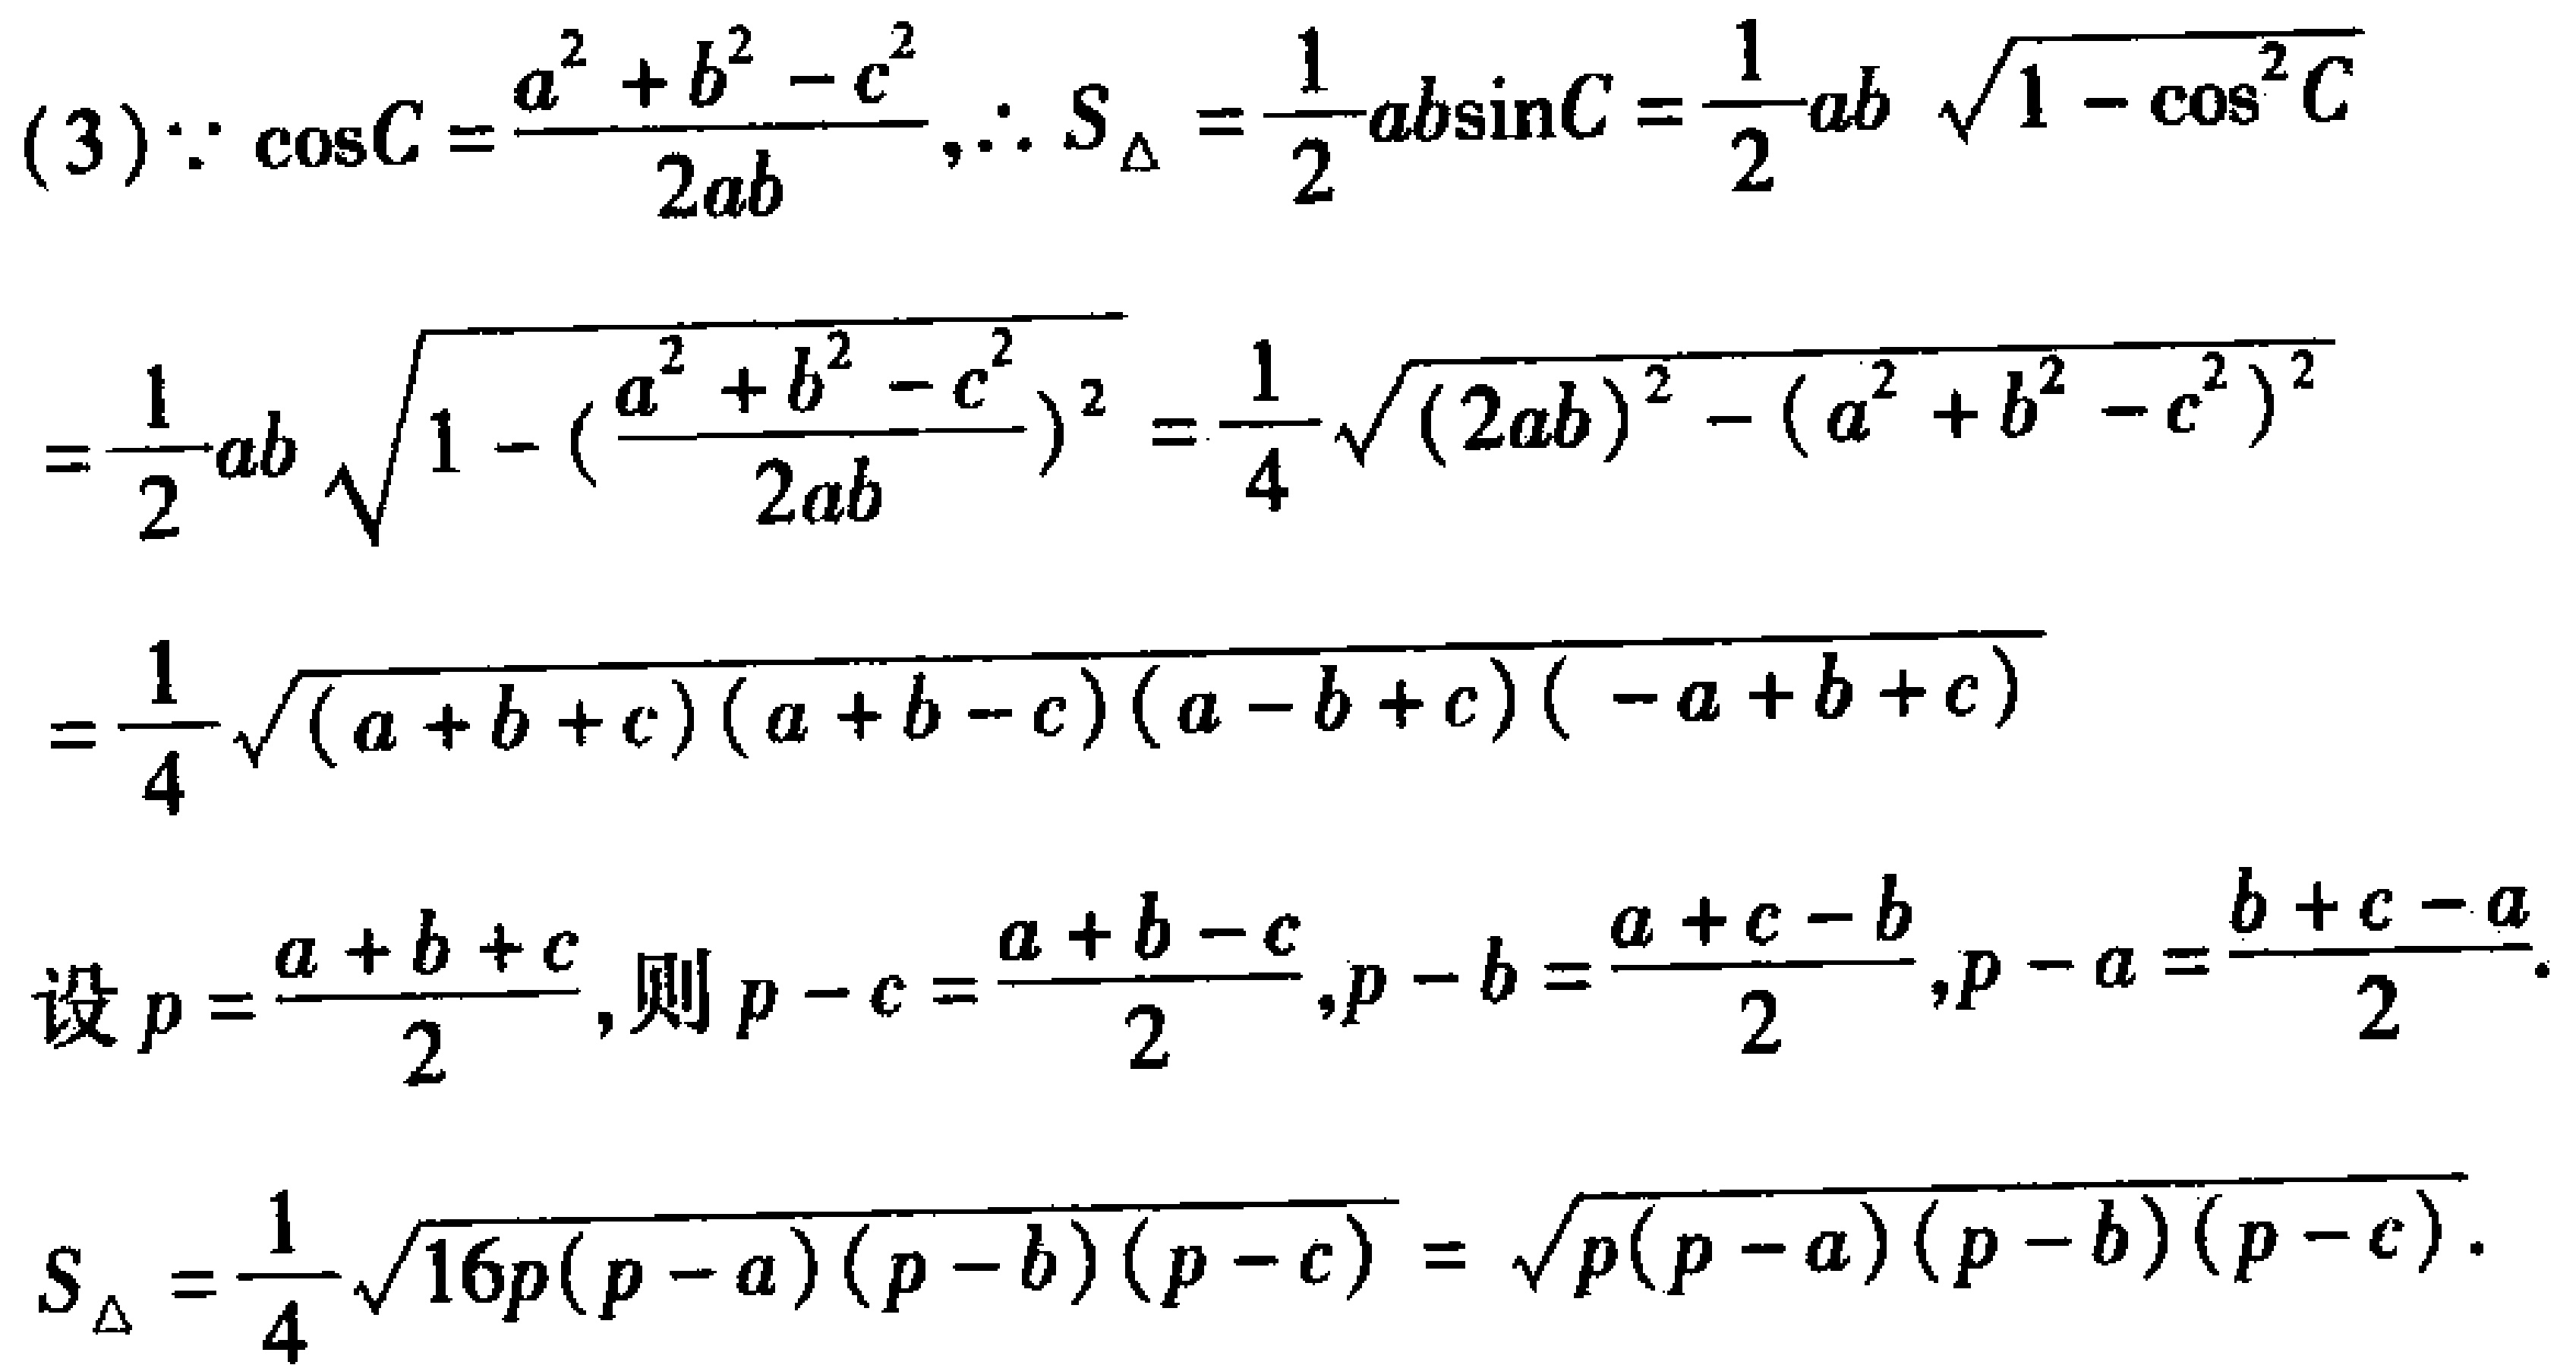
(3)$\because \cos C=\frac{a^{2}+b^{2}-c^{2}}{2 a b}, \therefore S_{\triangle}=\frac{1}{2} a b \sin C=\frac{1}{2} a b \sqrt{1-\cos ^{2} C}$
$=\frac{1}{2} a b \sqrt{1-\left(\frac{a^{2}+b^{2}-c^{2}}{2 a b}\right)^{2}}=\frac{1}{4} \sqrt{(2 a b)^{2}-\left(a^{2}+b^{2}-c^{2}\right)^{2}}$
$=\frac{1}{4} \sqrt{(a + b + c)(a + b - c)(a - b + c)( - a + b + c)}$

设$p=\frac{a + b + c}{2}$,则$p - c=\frac{a + b - c}{2},p - b=\frac{a + c - b}{2},p - a=\frac{b + c - a}{2}$.

$S_{\triangle}=\frac{1}{4} \sqrt{16p(p - a)(p - b)(p - c)}=\sqrt{p(p - a)(p - b)(p - c)}$.